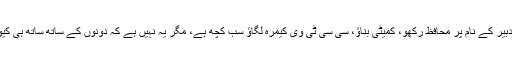
حفاظتی تدبیر کے نام پر محافظ رکھو، کمیٹی بناؤ، سی سی ٹی وی کیمرہ لگاؤ سب کچھ ہے، مگر یہ نہیں ہے کہ دونوں کے ساتھ ساتھ ہی کیوں رکھو؟